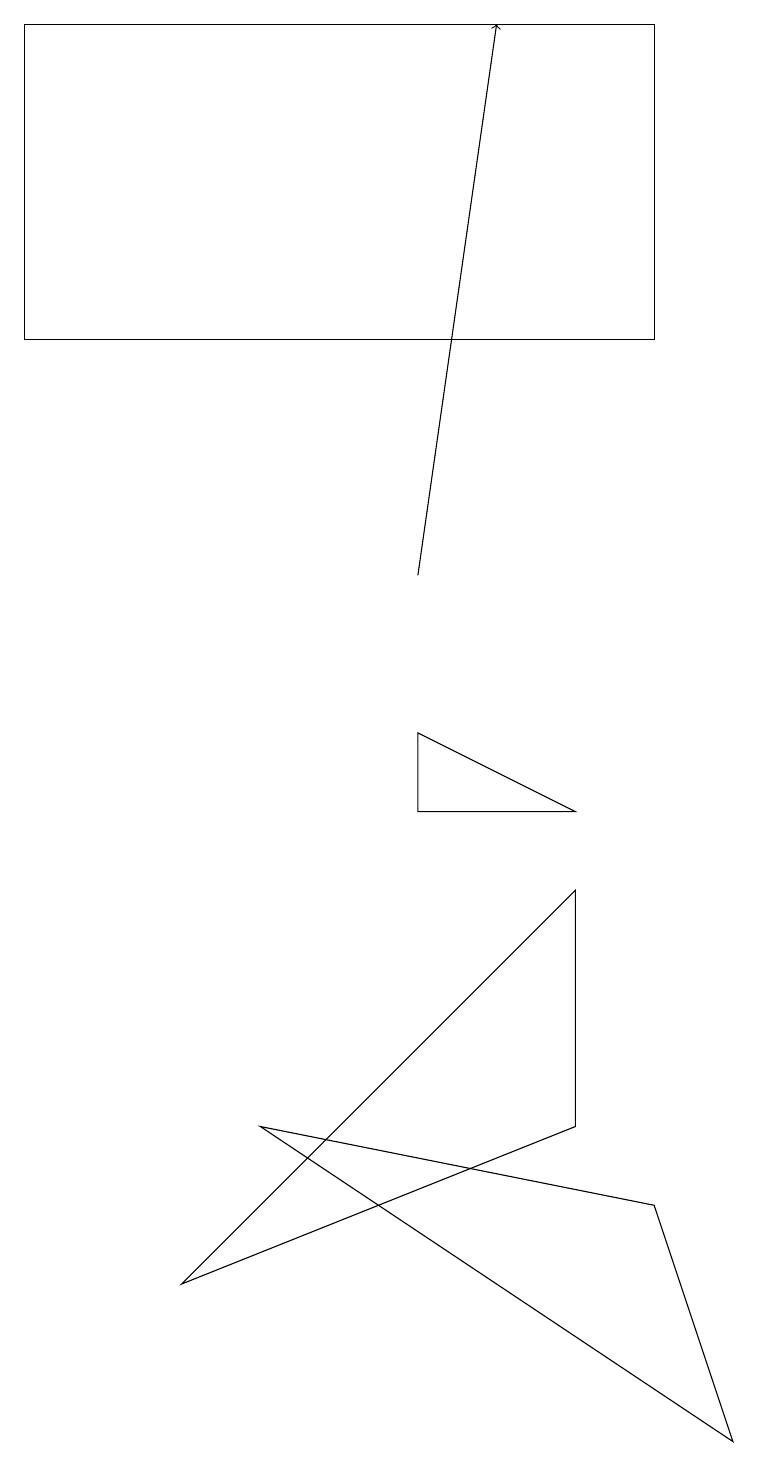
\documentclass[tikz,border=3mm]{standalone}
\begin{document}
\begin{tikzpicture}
\draw (7,4) -- (7,7) -- (2,2) -- cycle;
\draw (3,4) -- (8,3) -- (9,0) -- cycle;
\draw[->] (5,11) -- (6,18);
\draw (8,18) rectangle (0,14);
\draw (5,8) -- (7,8) -- (5,9) -- cycle;
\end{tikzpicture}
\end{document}